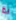
اذا